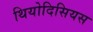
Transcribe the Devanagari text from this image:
थियोदिसियस